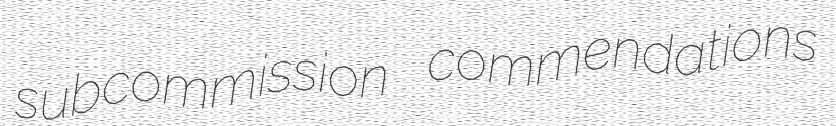
subcommission commendations